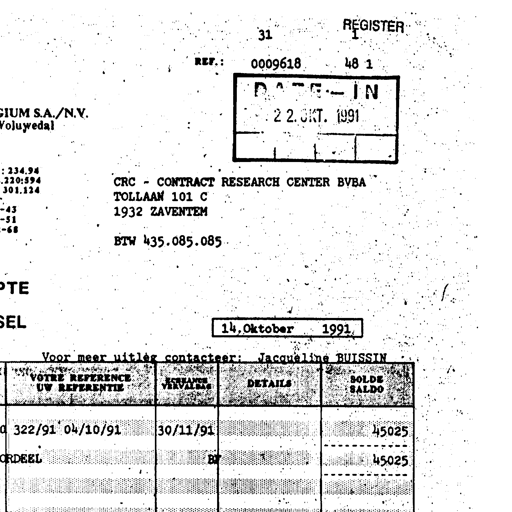
31 REGISTER I
REF.: 0009618 48 1
DATE - IN
2 2. OKT. 1991
GIUM S.A./N.V.
Voluwedal
234.94
220:594
301.124
43
51
68
CRC - CONTRACT RESEARCH CENTER BVBA
TOLLAAN 101 C
1932 ZAVENTEM
BTW 435.085.085
PTE
SEL
14, Oktober 1991
Voor meer uitleg contacteer: Jacqueline BUISSIN
VOTRE REFERENCE
UW REFERENTIE
ECHEANCE
VERVALDAG
DETAILS
SOLDE
SALDO
322/91 04/10/91 30/11/91 45025
ORDEEL BT 45025